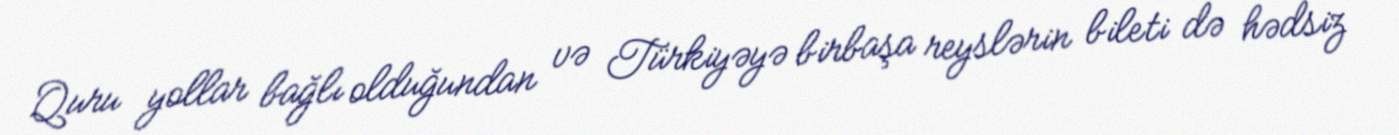
Quru yollar bağlı olduğundan və Türkiyəyə birbaşa reyslərin bileti də hədsiz